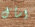
اسأل